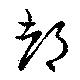
都